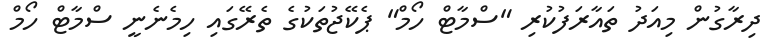
ދިރާގުން މިއަދު ތައާރަފުކުރި "ސްމާޓް ހޯމް" ޕެކޭޖުތަކުގެ ތެރޭގައި ހިމެނެނީ ސްމާޓް ހޯމް